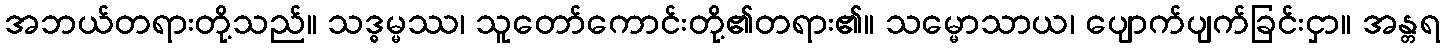
အဘယ်တရားတို့သည်။ သဒ္ဓမ္မဿ၊ သူတော်ကောင်းတို့၏တရား၏။ သမ္မောသာယ၊ ပျောက်ပျက်ခြင်းငှာ။ အန္တရ